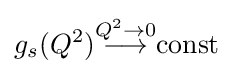
g_{s}(Q^{2}){\stackrel {Q^{2}\to 0}{\longrightarrow }}{\mbox{const}}